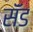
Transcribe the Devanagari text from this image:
सॅंड